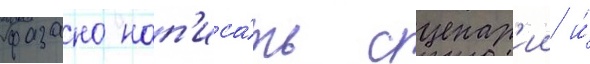
фазано нап'иса́ть сценар'ии и́